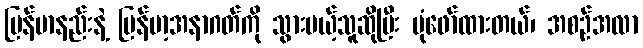
မြန်မာနည်းနဲ့ မြန်မာ့အနာဂတ်ကို သွားမယ့်သူဆိုပြီး ပုံဖော်ထားတယ်၊ အစဉ်အလာ